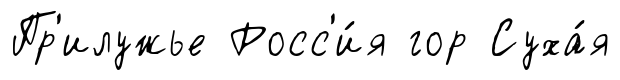
Пр'илужье Росс'и́я гор Суха́я